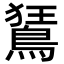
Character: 鵟